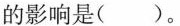
的影响是()。